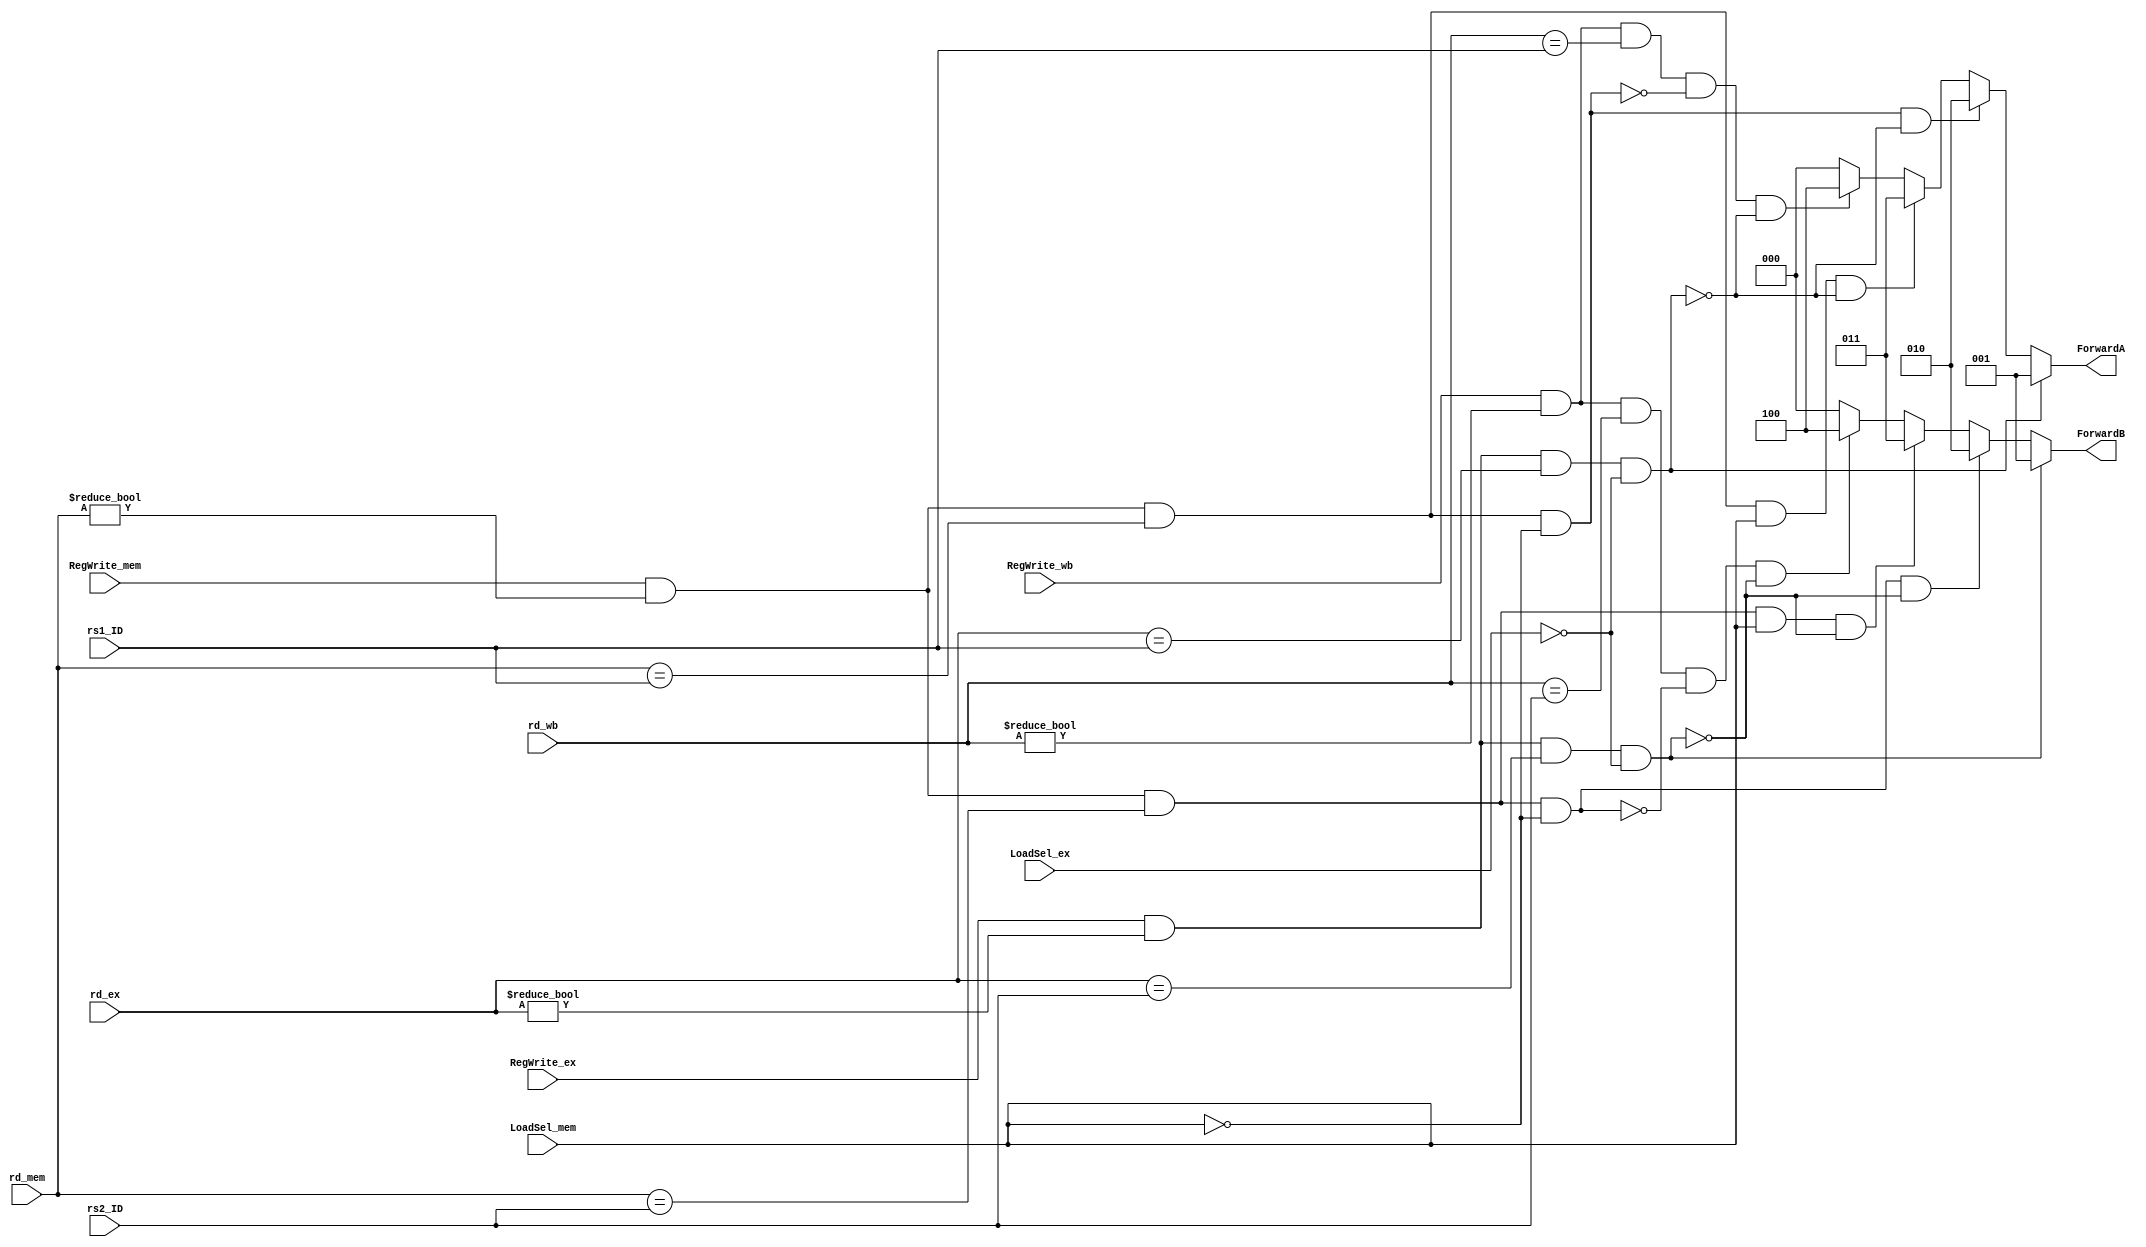

module FORWARDING_BLOCK
(
	input [4:0]rs1_ID,rs2_ID,
	input [4:0]rd_ex,rd_mem,rd_wb,
	input RegWrite_ex,RegWrite_mem,RegWrite_wb,
   input LoadSel_ex,LoadSel_mem,
	
	output reg [2:0]ForwardA,ForwardB

);

always@(*) 
begin

if ((RegWrite_ex==1'b1) && (rd_ex != 0) && (rd_ex == rs1_ID) && (LoadSel_ex!=1)) 
	 
			ForwardA = 3'b001;


else if      (((RegWrite_mem==1'b1) && (rd_mem != 0) &&(rd_mem == rs1_ID)&& (LoadSel_mem!=1))  
	      && !((RegWrite_ex==1'b1) && (rd_ex != 0)  &&(rd_ex == rs1_ID)   && (LoadSel_ex!=1)) )
	 
	 		ForwardA = 3'b010;

else if      (((RegWrite_mem==1'b1) && (rd_mem != 0) &&(rd_mem == rs1_ID)&& (LoadSel_mem==1))  
	      && !((RegWrite_ex==1'b1) && (rd_ex != 0)  &&(rd_ex == rs1_ID)   && (LoadSel_ex!=1)))
	 
	 		ForwardA = 3'b011;
			
else if  (((RegWrite_wb == 1'b1) && (rd_wb != 0) && (rd_wb == rs1_ID))
      && ! ((RegWrite_mem==1'b1)&& (rd_mem != 0)&& (rd_mem == rs1_ID)&& (LoadSel_mem!=1)) 
	   && !((RegWrite_ex==1'b1) && (rd_ex != 0) && (rd_ex == rs1_ID)&& (LoadSel_ex!=1))	)			 
			
				 
			ForwardA = 3'b100;
else 
			ForwardA = 3'b000;



///////////////////////////////////////////////////////////

if ((RegWrite_ex==1'b1) && (rd_ex != 0) && (rd_ex == rs2_ID) && (LoadSel_ex!=1)) 
	 
			ForwardB = 3'b001;


else if      (((RegWrite_mem==1'b1) && (rd_mem != 0) &&(rd_mem == rs2_ID)&& (LoadSel_mem!=1))  
	      && !((RegWrite_ex==1'b1) && (rd_ex != 0)  &&(rd_ex == rs2_ID)   && (LoadSel_ex!=1)) )
	 
	 		ForwardB = 3'b010;

else if      (((RegWrite_mem==1'b1) && (rd_mem != 0) &&(rd_mem == rs2_ID)&& (LoadSel_mem==1))  
	      && !((RegWrite_ex==1'b1) && (rd_ex != 0)  &&(rd_ex == rs2_ID)   && (LoadSel_ex!=1)))
	 
	 		ForwardB = 3'b011;
			
else if  (((RegWrite_wb == 1'b1) && (rd_wb != 0) && (rd_wb == rs2_ID))
      && ! ((RegWrite_mem==1'b1)&& (rd_mem != 0)&& (rd_mem == rs2_ID)&& (LoadSel_mem!=1)) 
	   && !((RegWrite_ex==1'b1) && (rd_ex != 0) && (rd_ex == rs2_ID)&& (LoadSel_ex!=1))	)			 
			
				 
			ForwardB = 3'b100;
else 
			ForwardB = 3'b000;


end
endmodule











module LOAD_HAZARD_DETECTION
(
input clock,LoadSel,LoadSel_ID,
input PCSel,
output reg pc_en =1'b1
);

parameter st0=2'd0,st1=2'd1,st2=2'd2;
reg [1:0] PS,NS;

always @ (negedge clock)
begin
if (!PCSel )
PS <= NS;
else
PS <= PS;
end


always@(*)
begin
if (!PCSel)
begin
case(PS) 
st0: if (!LoadSel) NS = st0; else NS = st1;
st1: NS = st2;
st2:  if ((LoadSel_ID ) && (LoadSel) )NS = st1; else NS =st0; 
default: NS =st0;
endcase
end

else NS =st0;
			
end

always@(*)
begin

if (!PCSel)
begin
case(PS) 
st0: if (!LoadSel) pc_en = 1'b1; else pc_en = 1'b0;
st1: pc_en = 1'b0;
st2: pc_en = 1'b1; 
default: pc_en = 1'b1 ;
endcase
end

else pc_en = 1'b1 ;
			
end


endmodule






//module FORWARDING_BLOCK
//(
//	input [4:0]rs1_ID,rs2_ID,
//	input [4:0]rd_ex,rd_mem,rd_wb,
//	input RegWrite_ex,RegWrite_mem,RegWrite_wb,
//
//	
//	output reg [1:0]ForwardA,ForwardB
//
//);
//
//always@(*) 
//begin
//
//if ((RegWrite_ex==1'b1) && (rd_ex != 0) && (rd_ex == rs1_ID))
//	 
//			ForwardA = 2'b01;
//
//
//else if      (((RegWrite_mem==1'b1) && (rd_mem != 0) &&(rd_mem == rs1_ID))  
//	      && !((RegWrite_ex==1'b1) && (rd_ex != 0)  &&(rd_ex == rs1_ID)) )
//	 
//	 		ForwardA = 2'b10;
//			
//else if  (((RegWrite_wb == 1'b1) && (rd_wb != 0) && (rd_wb == rs1_ID))
//      && ! ((RegWrite_mem==1'b1)&& (rd_mem != 0)&& (rd_mem == rs1_ID)) 
//	   && !((RegWrite_ex==1'b1) && (rd_ex != 0) && (rd_ex == rs1_ID))	)			 
//			
//				 
//			ForwardA = 2'b11;
//else 
//			ForwardA = 2'b00;
//
//
//
/////////////////////////////////////////////////////////////
//
//if ((RegWrite_ex==1'b1) && (rd_ex != 0) && (rd_ex == rs2_ID))
//	 
//			ForwardB = 2'b01;
//
//
//else if      (((RegWrite_mem==1'b1) && (rd_mem != 0) &&(rd_mem == rs2_ID))  
//	      && !((RegWrite_ex==1'b1) && (rd_ex != 0)  &&(rd_ex == rs2_ID)) )
//	 
//	 		ForwardB = 2'b10;
//			
//else if  (((RegWrite_wb == 1'b1) && (rd_wb != 0) && (rd_wb == rs2_ID))
//      && ! ((RegWrite_mem==1'b1)&& (rd_mem != 0)&& (rd_mem == rs2_ID)) 
//	   && !((RegWrite_ex==1'b1) && (rd_ex != 0) && (rd_ex == rs2_ID))	)			 
//			
//				 
//			ForwardB = 2'b11;
//else 
//			ForwardB = 2'b00;
//
//
//end
//endmodule
//